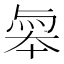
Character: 𠦮